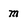
Character: m